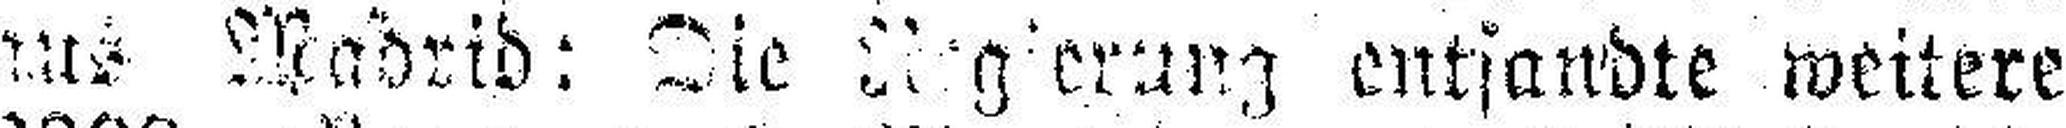
###s Madrid: Die Regierung entsandte weitere